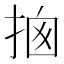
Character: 𢭇